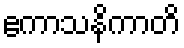
ဧကာသနိကာတိ